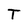
Character: T